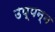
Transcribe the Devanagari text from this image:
उप्पन्न